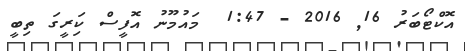
އޮކްޓޯބަރު 16